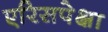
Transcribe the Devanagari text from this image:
एरिसपेक्षा